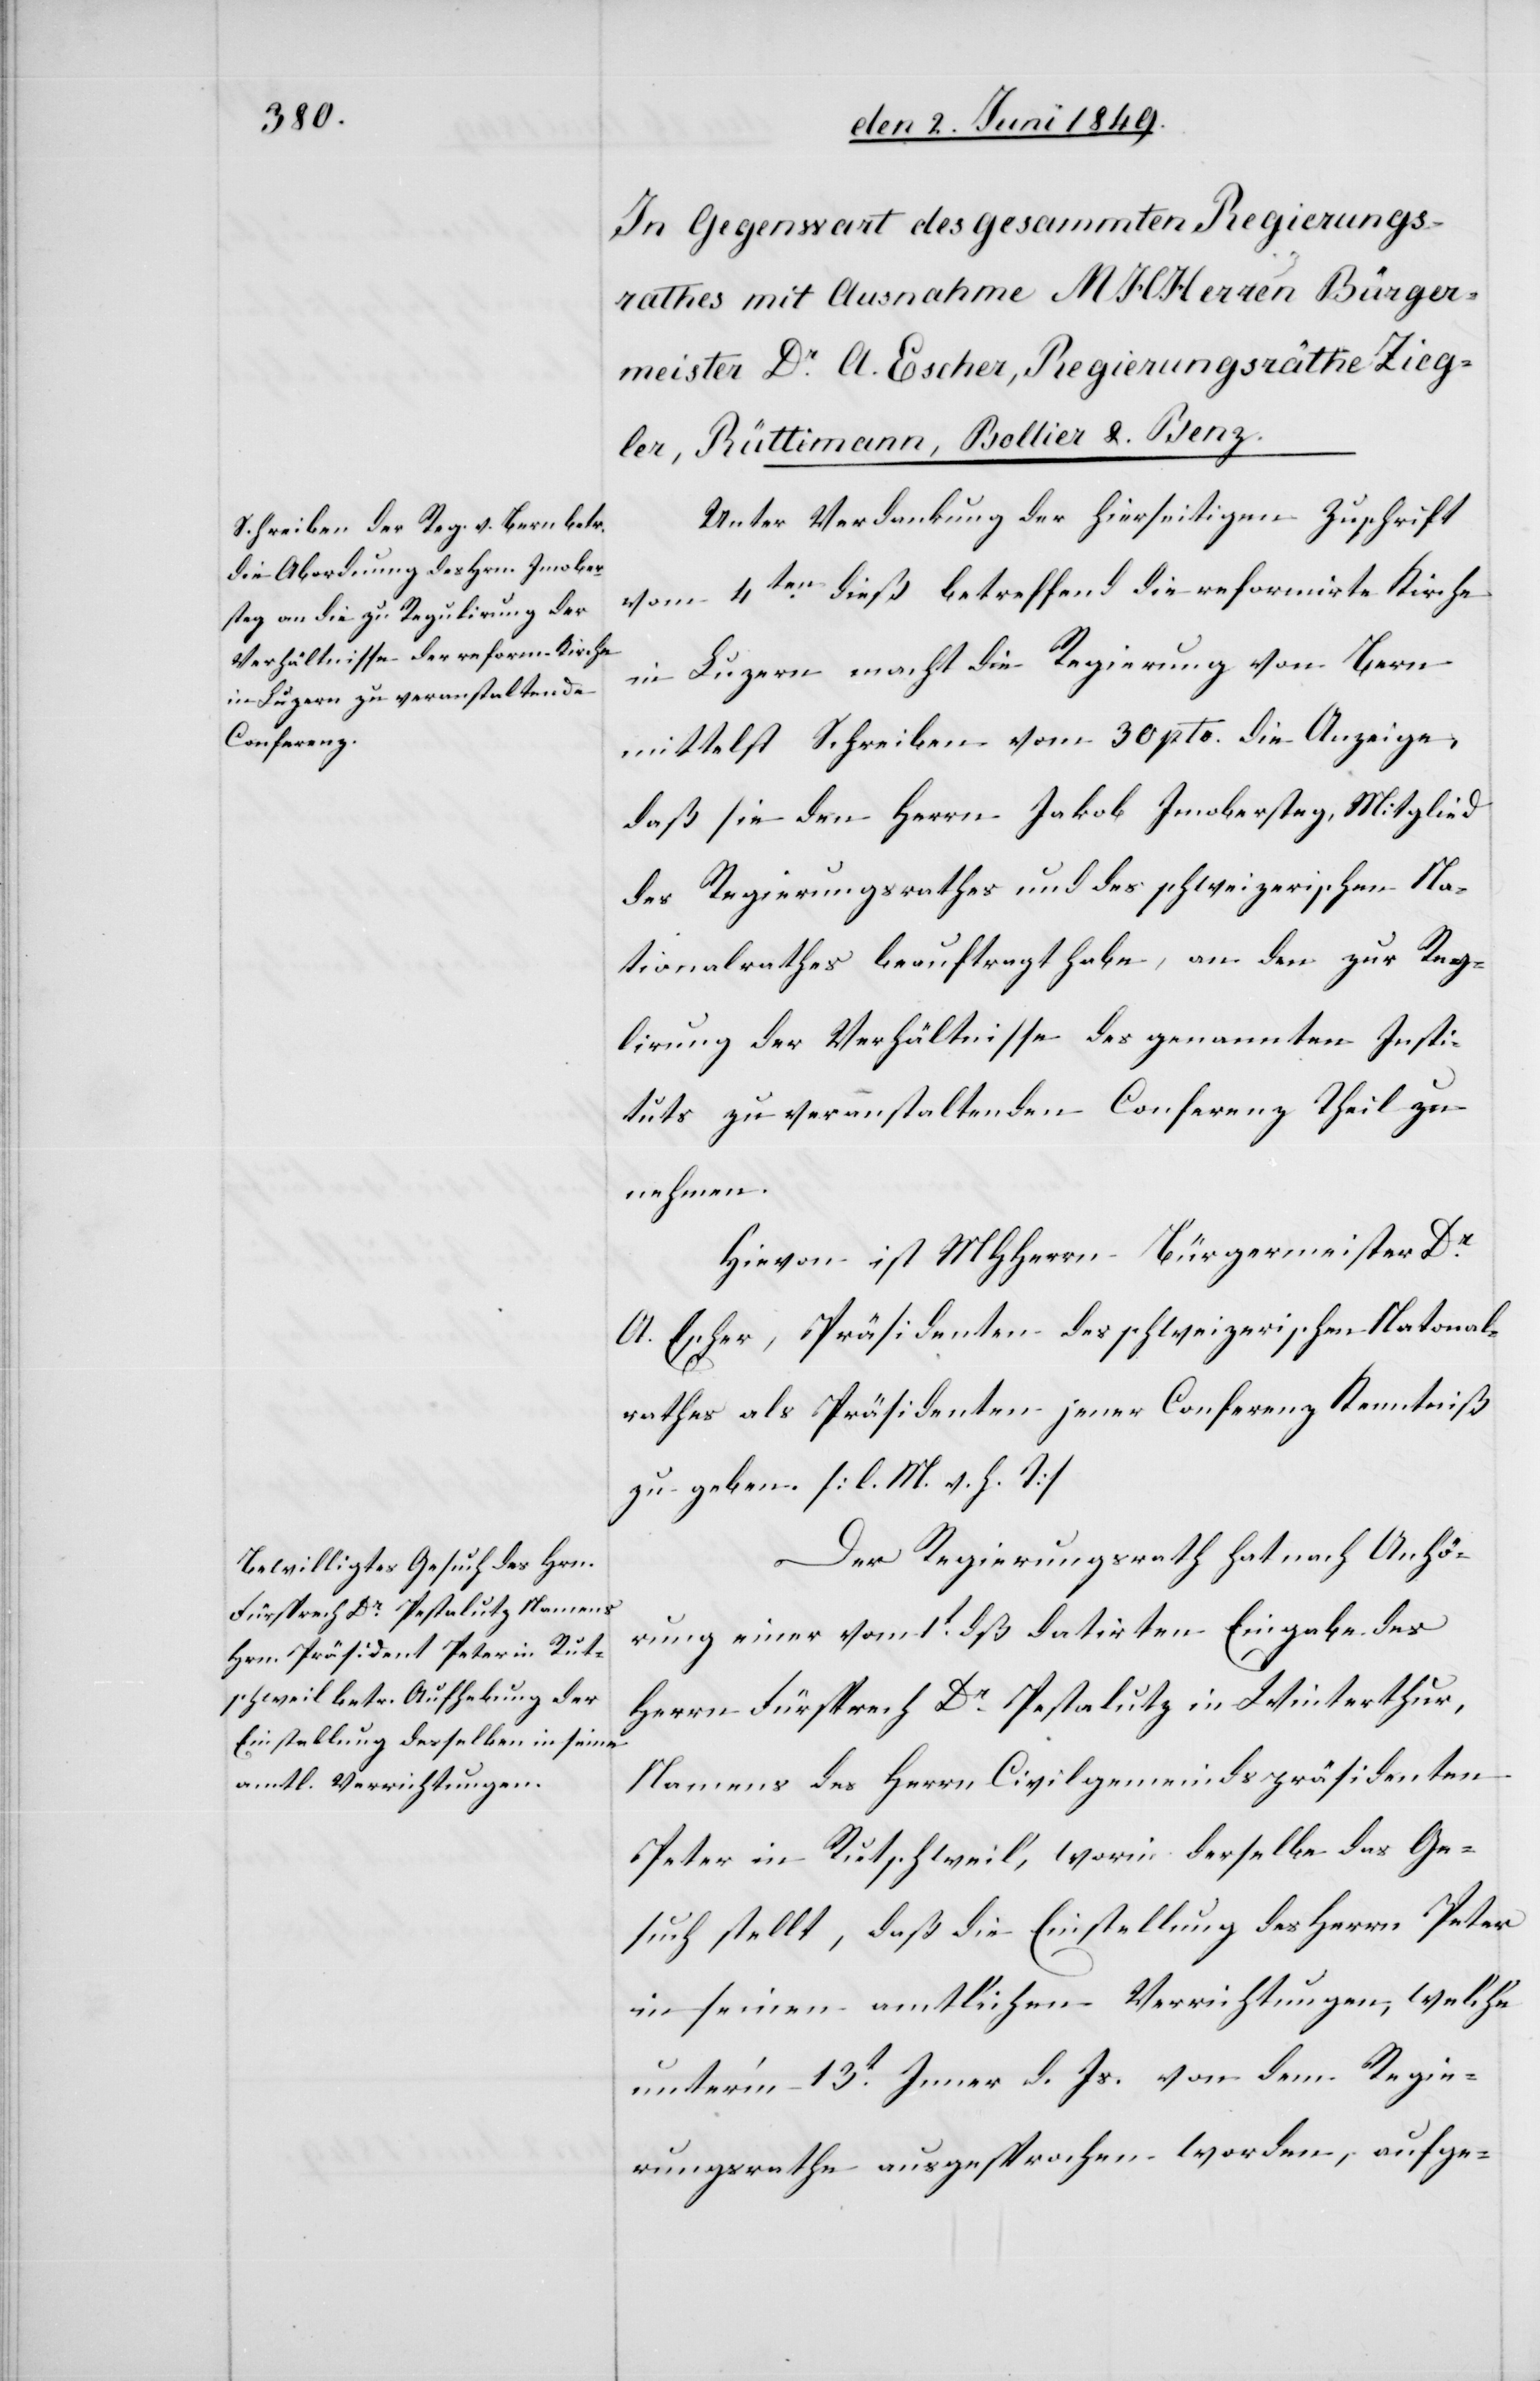
Unter Verdankung der hierseitigen Zuschrift
vom 4ten dieß betreffend die reformirte Kirche
in Luzern macht die Regierung von Bern
mittelst Schreiben vom 30 pto. die Anzeige,
daß sie den Herrn Jakob Imobersteg, Mitglied
des Regierungsrathes und des schweizerischen Na¬
tionalrathes beauftragt habe, an den zur Reg¬
lirung der Verhältnisse des genannten Insti¬
tuts zu veranstaltenden Conferenz Theil zu
nehmen.
Hievon ist MHHerrn Bürgermeister Dr
A. Escher, Präsidenten des schweizerischen Nat[i]onal¬
rathes als Präsidenten jener Conferenz Kenntniß
zu geben [l. M. h. T][.]
Der Regierungsrath hat nach Anhö¬
rung einer vom 1t dß. datirten Eingabe des
Herrn Fürsprech Dr Pestalutz in Winterthur,
Namens des Herrn Civilgemeindspräsidenten
Peter in Rutschweil, worin derselbe das Ge¬
such stellt, daß die Einstellung des Herrn Peter
in seinen amtlichen Verrichtungen, welche
unterm 13t Jenner d. Js. von dem Regie¬
rungsrathe ausgesprochen worden, aufge-